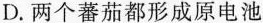
D.两个蕃茄都形成原电池